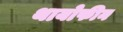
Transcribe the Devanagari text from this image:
थायोफीन